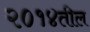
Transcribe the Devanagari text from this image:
२०१४तील